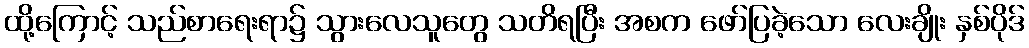
ထို့ကြောင့် သည်စာရေးရာ၌ သွားလေသူတွေ သတိရပြီး အစက ဖော်ပြခဲ့သော လေးချိုး နှစ်ပိုဒ်